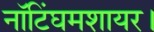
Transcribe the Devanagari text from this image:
नॉटिंघमशायर।